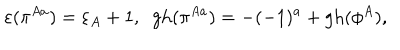
LaTeX: \varepsilon ( \pi ^ { A a } ) = \varepsilon _ { A } + 1 , \; \; \mathrm { g h } ( \pi ^ { A a } ) = - ( - 1 ) ^ { a } + \mathrm { g h } ( \phi ^ { A } ) ,